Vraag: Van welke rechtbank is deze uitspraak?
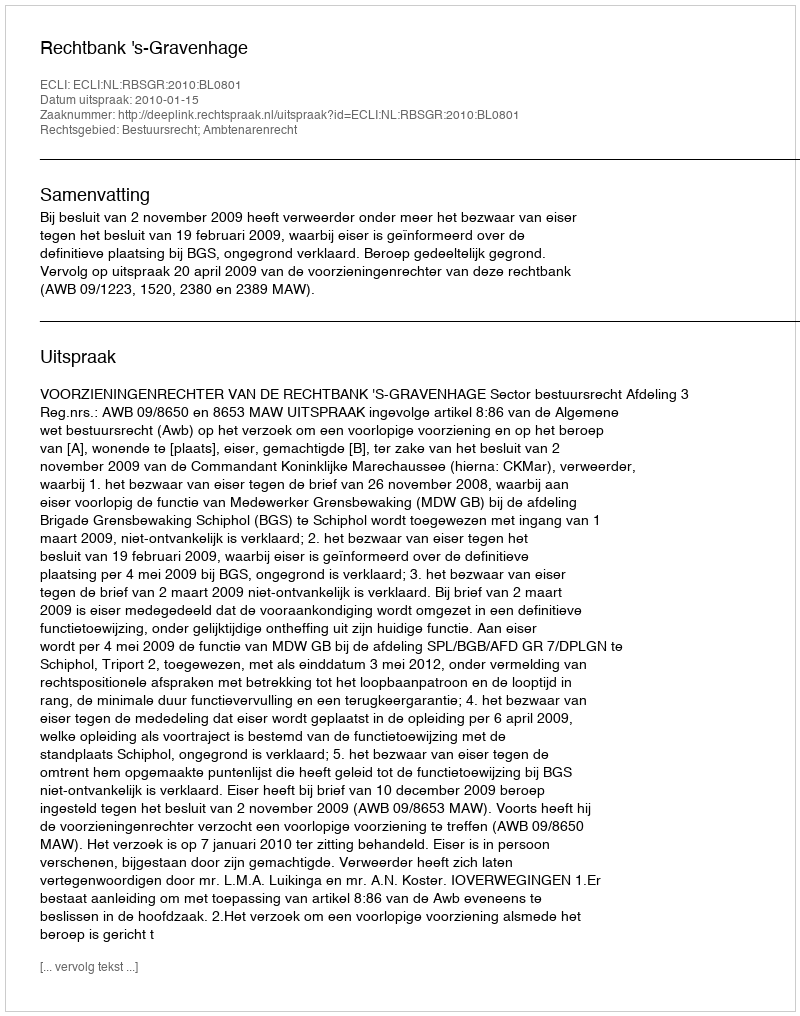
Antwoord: Rechtbank 's-Gravenhage